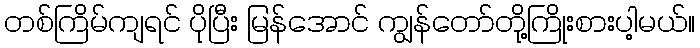
တစ်ကြိမ်ကျရင် ပိုပြီး မြန်အောင် ကျွန်တော်တို့ကြိုးစားပါ့မယ်။